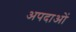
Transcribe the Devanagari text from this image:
अपदाओं